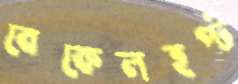
বেকেলহপ্ট